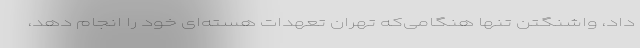
داد، واشنگتن تنها هنگامی‌که تهران تعهدات هسته‌ای خود را انجام دهد،